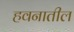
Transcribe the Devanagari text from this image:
हवनातील